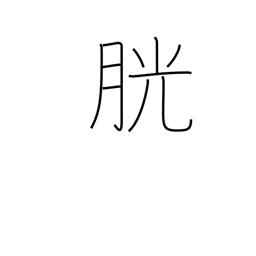
Meaning: bladder